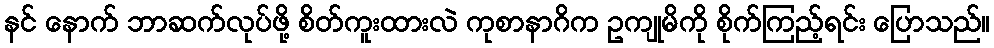
နင် နောက် ဘာဆက်လုပ်ဖို့ စိတ်ကူးထားလဲ ကုစာနာဂိက ဥကျုမိကို စိုက်ကြည့်ရင်း ပြောသည်။